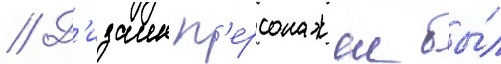
// Д'изаин п'ерсонажеи бы́л